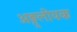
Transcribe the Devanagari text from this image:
अङ्गुलीयक